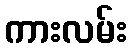
ကားလမ်း